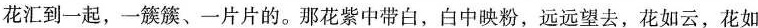
花汇到一起，一簇簇、一片片的。那花紫中带白，白中映粉，远远望去，花如云，花如